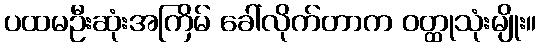
ပထမဦးဆုံးအကြိမ် ခေါ်လိုက်တာက ဝတ္ထုသုံးမျိုး။